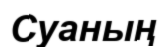
Суаның